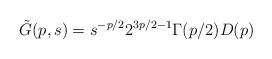
LaTeX: \begin{align*}\tilde G(p,s) = s^{-p/2}2^{3p/2-1}\Gamma(p/2)D(p)\end{align*}